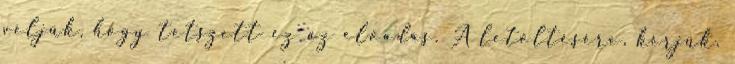
véljük, hogy tetszett ez az előadás. A letöltésére, kérjük,